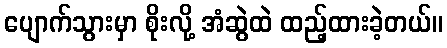
ပျောက်သွားမှာ စိုးလို့ အံဆွဲထဲ ထည့်ထားခဲ့တယ်။